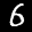
Label: 6